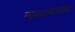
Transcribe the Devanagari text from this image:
न्यायअन्यायाच्या